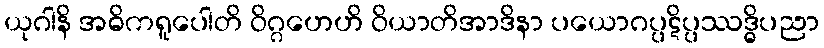
ယုဂါနိ အဓိကရူပေါတိ ဝိဂ္ဂဟေဟိ ဝိယာတိအာဒိနာ ပယောဂပ္ပဋိပ္ပဿဒ္ဓိပညာ